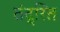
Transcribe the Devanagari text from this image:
तंद्रित